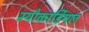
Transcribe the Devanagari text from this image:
म्योकार्डियल